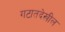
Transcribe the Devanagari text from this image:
गटातदेखील